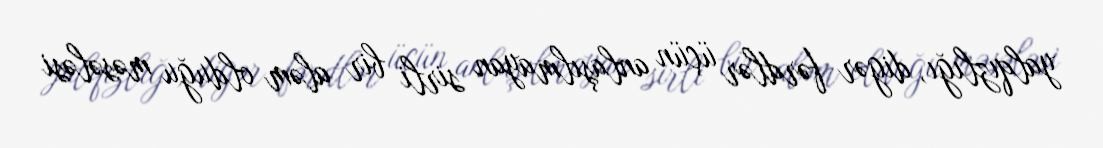
yalqızlığı, digər fərdlər üçün anlaşılmayan sirli bir aləm olduğu məsələsi